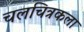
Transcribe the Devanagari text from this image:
चलचित्रकला